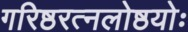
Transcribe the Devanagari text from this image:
गरिष्ठरत्नलोष्ठयोः